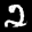
Label: 2